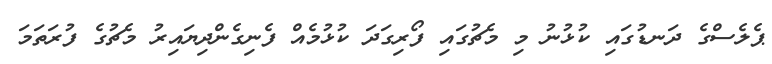
ޕެލެސްގެ ދަނޑުގައި ކުޅުނު މި މެޗުގައި ފޯރިގަދަ ކުޅުމެއް ފެނިގެންދިޔައިރު މެޗުގެ ފުރަތަމަ